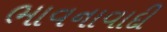
ભાવનાવાદી